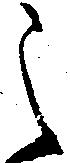
之